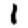
Digit: 1